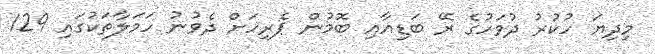
މިދިޔަ ހުކުރު ދުވަހުގެ ރޭ ބަޑިއާއި ބޮމުން ޕެރިހަށް ދެވުނު ހަމަލާތަކުގައި 129